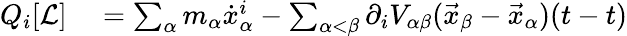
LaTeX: \begin{array}{rl}{Q_{i}[{\mathcal{L}}]}&{{}=\sum_{\alpha}m_{\alpha}{\dot{x}}_{\alpha}^{i}-\sum_{\alpha<\beta}\partial_{i}V_{\alpha\beta}({\vec{x}}_{\beta}-{\vec{x}}_{\alpha})(t-t)}\end{array}